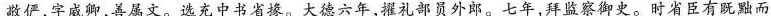
敬俨，字威卿，善属文。选充中书省掾。大德六年，擢礼部员外郎。七年，拜监察御史。时省臣有既黜而